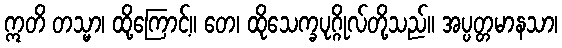
ဣတိ တသ္မာ၊ ထို့ကြောင့်။ တေ၊ ထိုသေက္ခပုဂ္ဂိုလ်တို့သည်။ အပ္ပတ္တမာနသာ၊